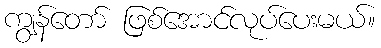
ကျွန်တော် ဖြစ်အောင်လုပ်ပေးမယ်။